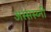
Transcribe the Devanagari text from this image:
अस्सस्य्नी